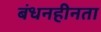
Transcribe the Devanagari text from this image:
बंधनहीनता